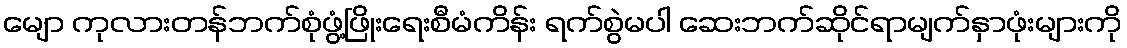
မျော ကုလားတန်ဘက်စုံဖွံ့ဖြိုးရေးစီမံကိန်း ရက်စွဲမပါ ဆေးဘက်ဆိုင်ရာမျက်နှာဖုံးများကို